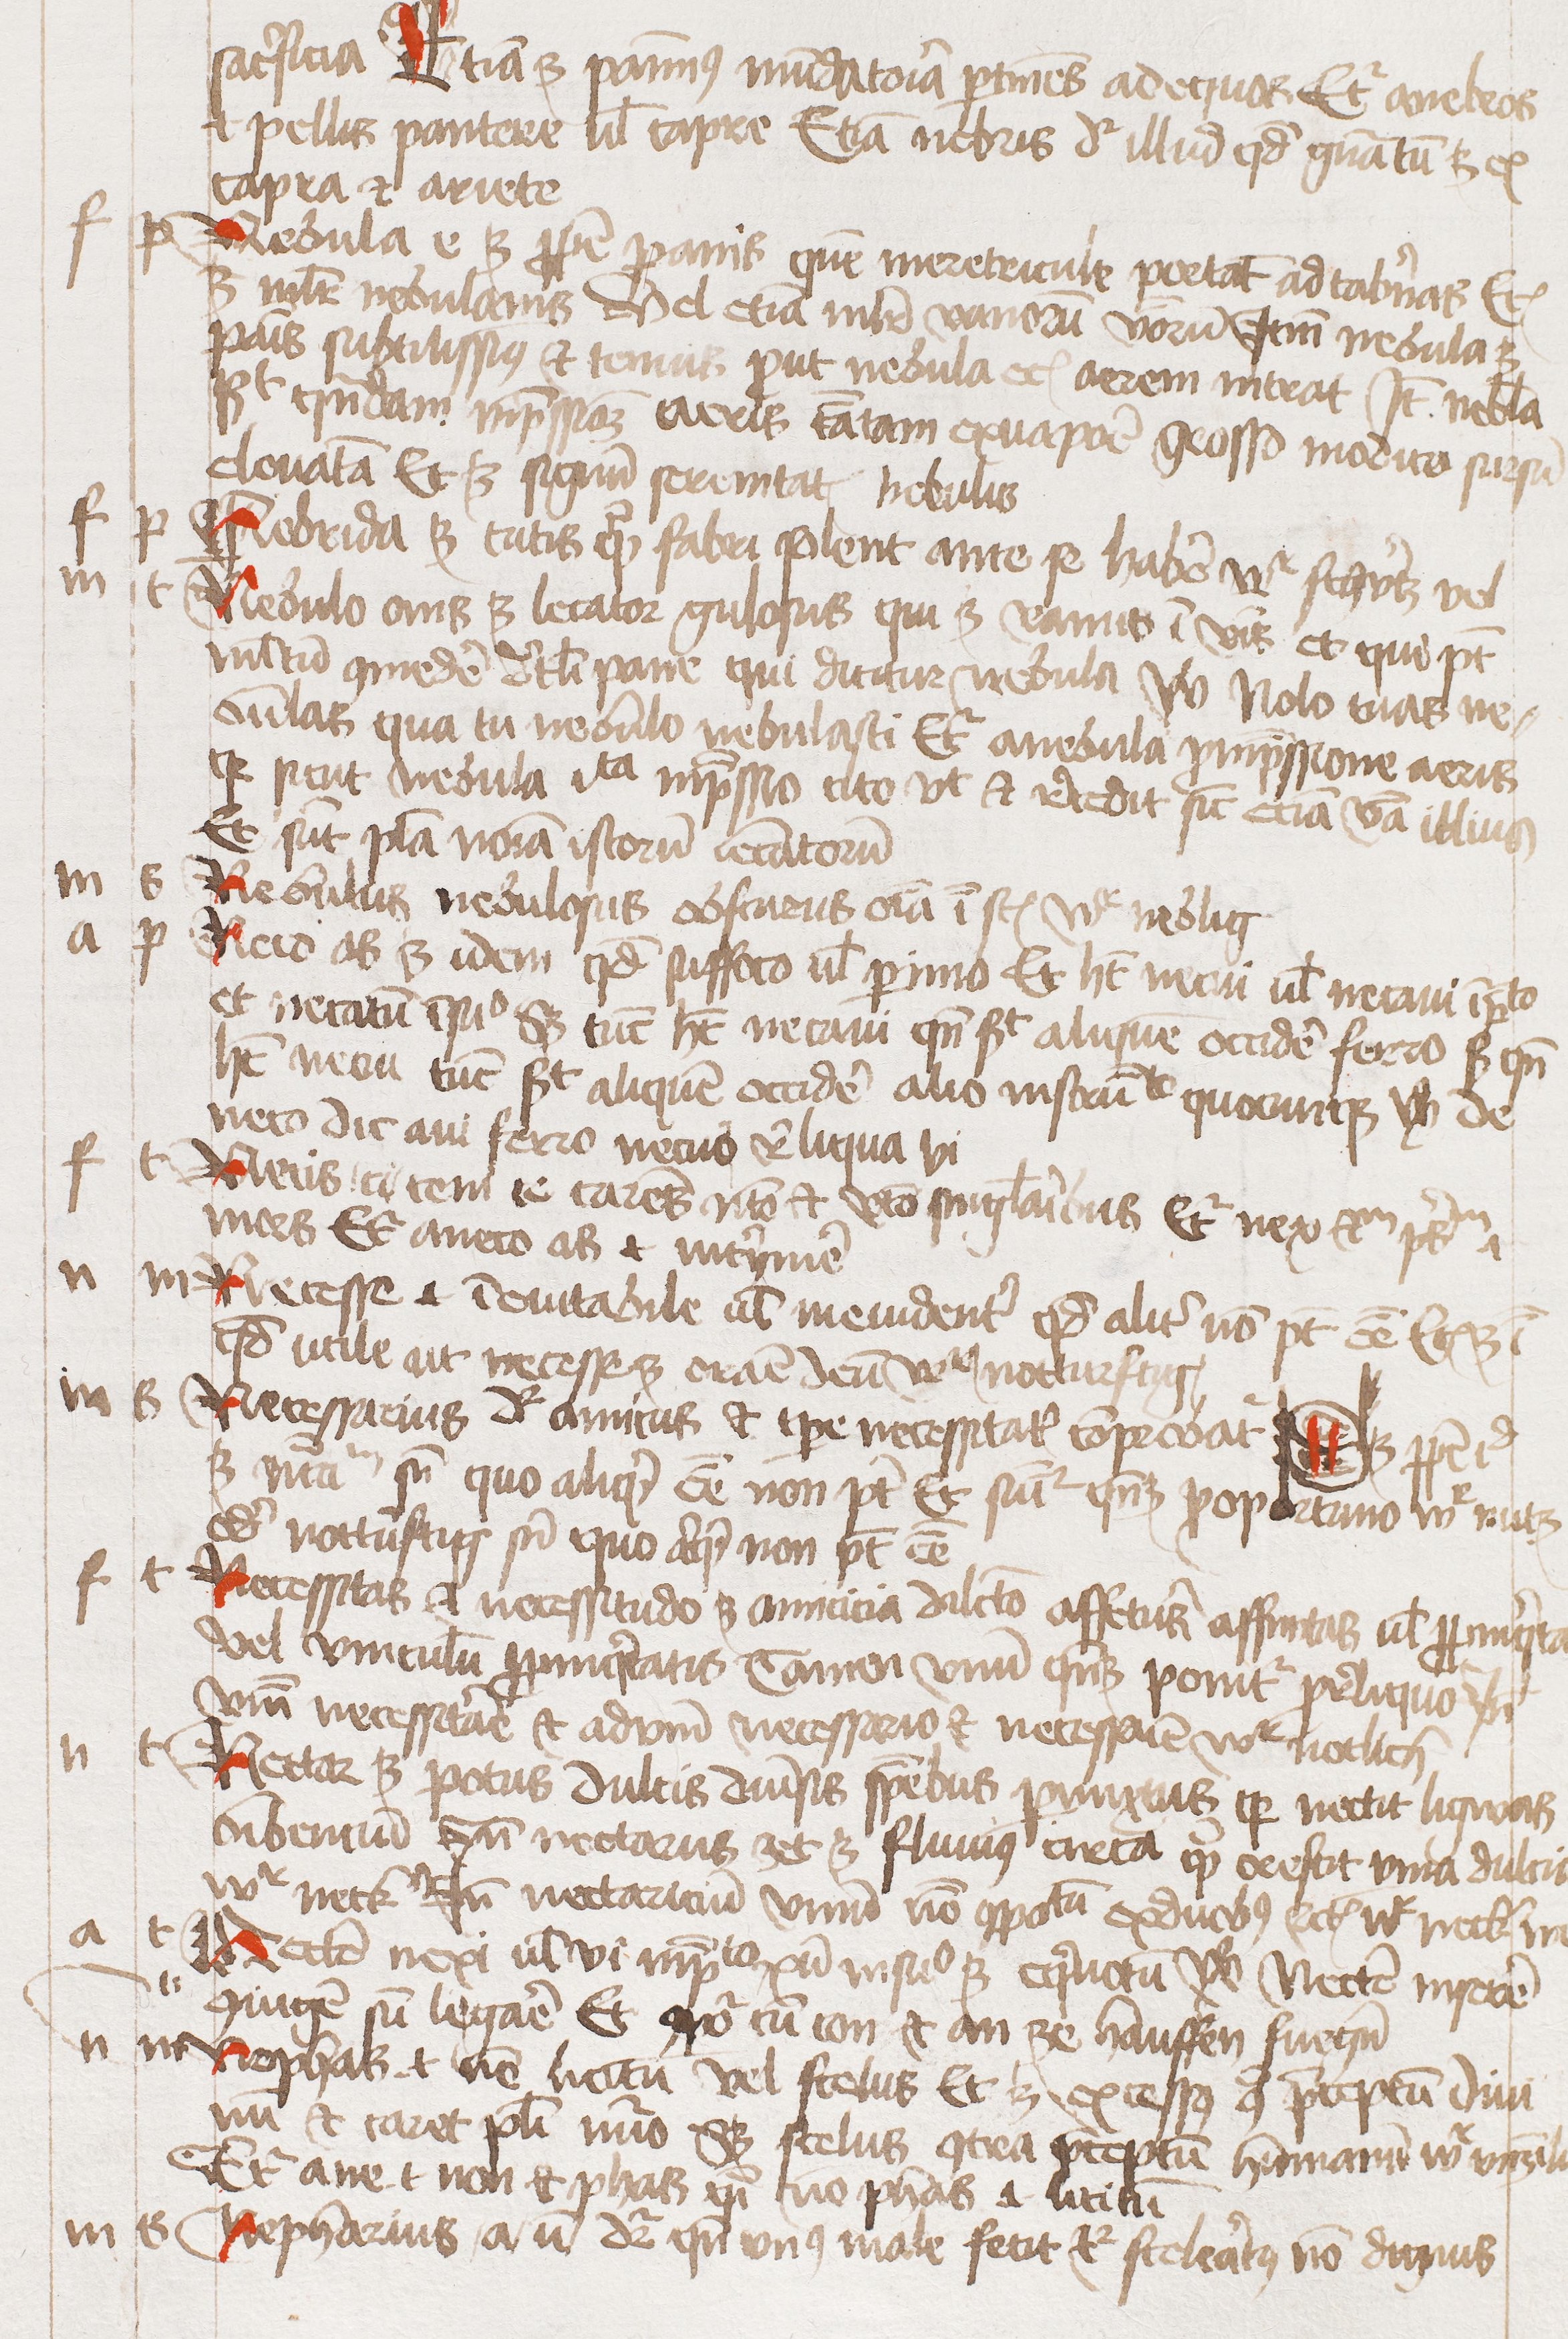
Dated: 1450–1474